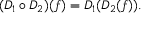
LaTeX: ( D _ { 1 } \circ D _ { 2 } ) ( f ) = D _ { 1 } ( D _ { 2 } ( f ) ) .